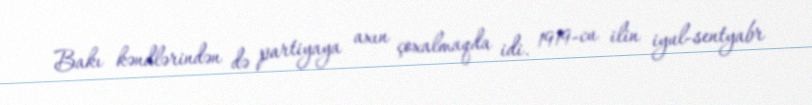
Bakı kəndlərindən də partiyaya axın çoxalmaqda idi. 1919-cu ilin iyul-sentyabr